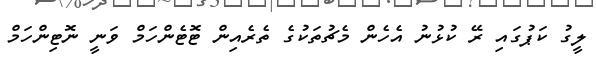
ލީގު ކަޕުގައި ރޭ ކުޅުނު އެހެން މެޗުތަކުގެ ތެރެއިން ޓޮޓެންހަމް ވަނީ ނޮޓިންހަމް